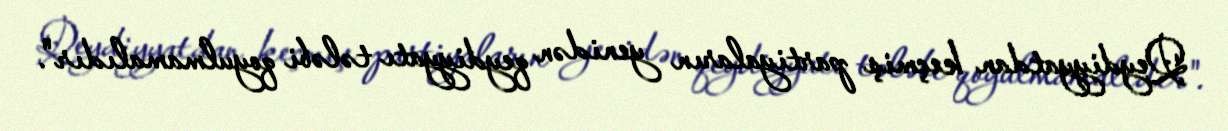
Qeydiyyatdan keçmiş partiyaların yenidən qeydiyyatı tələbi qoyulmamalıdır".